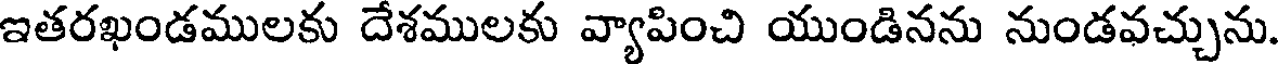
ఇతరఖండములకు దేశములకు వ్యాపించి యుండినను నుండవచ్చును.